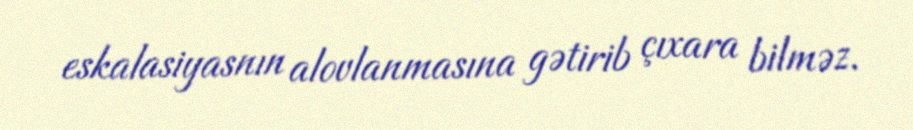
eskalasiyasnın alovlanmasına gətirib çıxara bilməz.